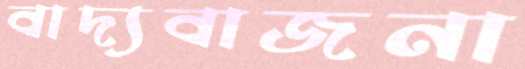
বাদ্যবাজনা